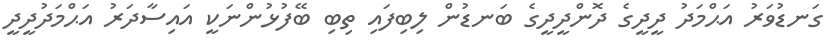
ގަނޑުވަރު އަޙްމަދު ދީދީގެ ދޮންދީދީގެ ބަނޑުން ލިބިފައި ތިބި ބޭފުޅުންނަކީ އައިސާދަރު އަޙްމަދުދީދީ